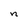
Character: n